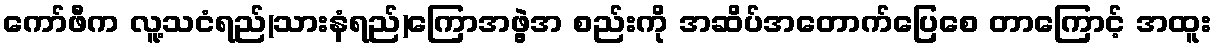
ကော်ဖီက လူ့သငံရည်(သားနံရည်)ကြောအဖွဲ့အ စည်းကို အဆိပ်အတောက်ပြေစေ တာကြောင့် အထူး